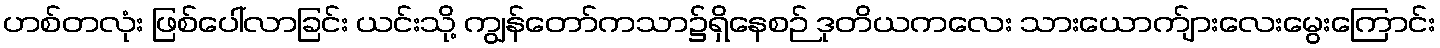
ဟစ်တလုံး ဖြစ်ပေါ်လာခြင်း ယင်းသို့ ကျွန်တော်ကသာ၌ရှိနေစဉ် ဒုတိယကလေး သားယောက်ျားလေးမွေးကြောင်း